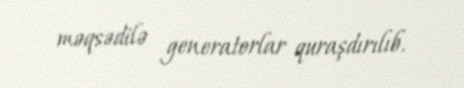
məqsədilə generatorlar quraşdırılıb.